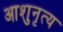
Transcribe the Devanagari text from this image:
आशुनृत्य